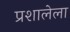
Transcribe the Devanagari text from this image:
प्रशालेला